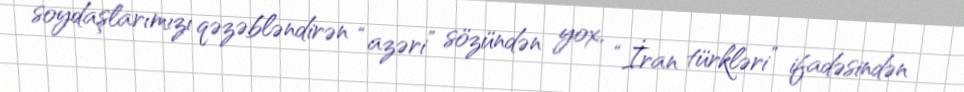
soydaşlarımızı qəzəbləndirən “azəri” sözündən yox, “İran türkləri” ifadəsindən